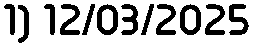
1) 12/03/2025